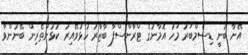
އޭނާ ބުނީ ޑިސެމްބަރު މަހު އޮމާނުގެ ޓްރާންސްފާ ބާޒާރު ހުޅުވޭއިރު ކުޅުންތެރިން ބޭނުންވާ